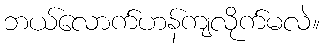
ဘယ်လောက်ဟန်ကျလိုက်မလဲ။